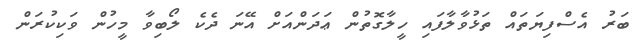
ބަރު އެސްފިޔަތައް ތަޅުވާލާފައި ހީލާގޮތުން ޢަދަންއަށް އޭނަ ދެކެ ލޯބިވާ މީހުން ވަކިކުރަން